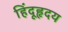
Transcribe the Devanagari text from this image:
हिंदूहृदय